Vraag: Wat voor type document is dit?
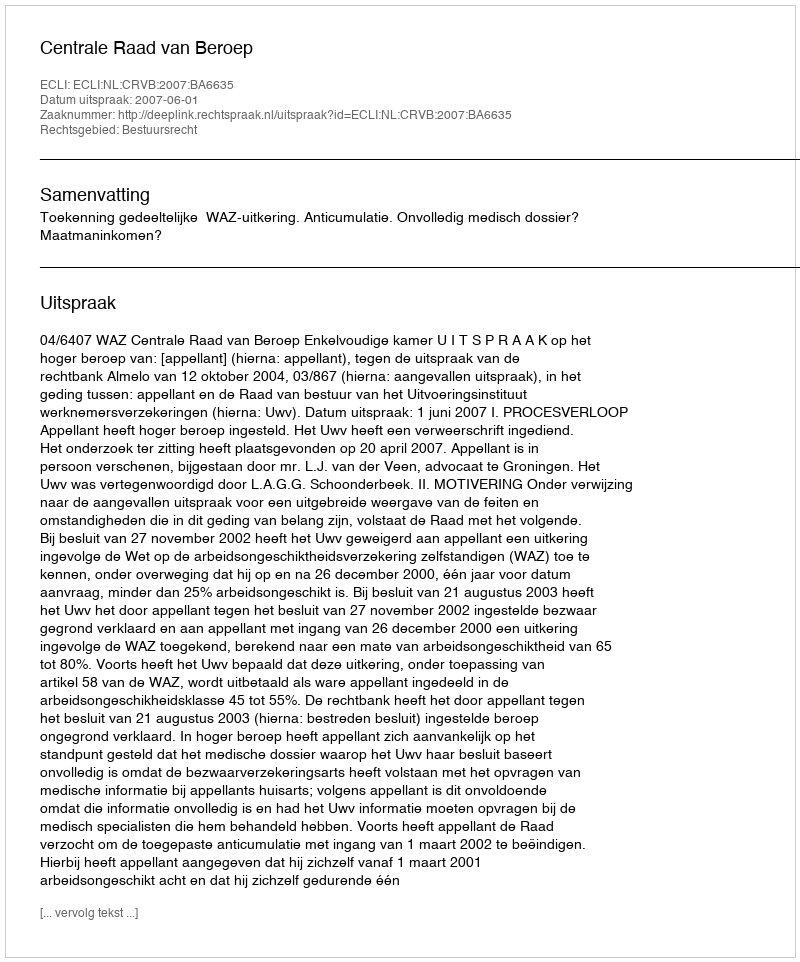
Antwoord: Uitspraak